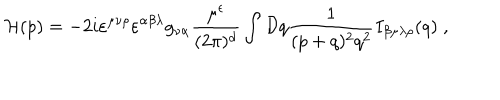
{ \cal H } ( p ) = - 2 i \varepsilon ^ { \mu \nu \rho } \varepsilon ^ { \alpha \beta \lambda } g _ { \nu \alpha } \frac { \mu ^ { \epsilon } } { ( 2 \pi ) ^ { d } } \int { \cal D } q \frac { 1 } { ( p + q ) ^ { 2 } q ^ { 2 } } I _ { \beta \mu \lambda \rho } ( q ) \; ,